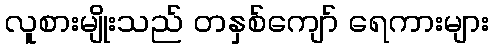
လူစားမျိုးသည် တနှစ်ကျော် ရေကားများ